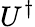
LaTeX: U^{\dagger}